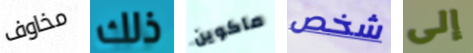
مخاوف ذلك ماكوين شخص إلى